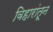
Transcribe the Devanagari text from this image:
विहारांतून